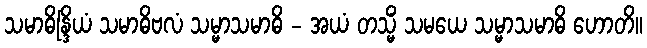
သမာဓိန္ဒြိယံ သမာဓိဗလံ သမ္မာသမာဓိ - အယံ တသ္မိံ သမယေ သမ္မာသမာဓိ ဟောတိ။